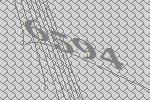
6594